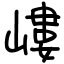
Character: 嶁